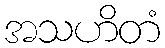
အသဟိတံ